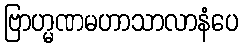
ဗြာဟ္မဏမဟာသာလာနံပေ